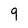
Character: 9